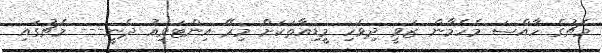
މެޗުގެ ހާއްސަ މެހެމާން ޒަވީ ދިވެހި މީޑިއާތަކަށް މިރޭ އިންޓަވިއު ދެނީ--- މެޗުގައި